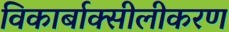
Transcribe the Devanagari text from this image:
विकार्बाक्सीलीकरण